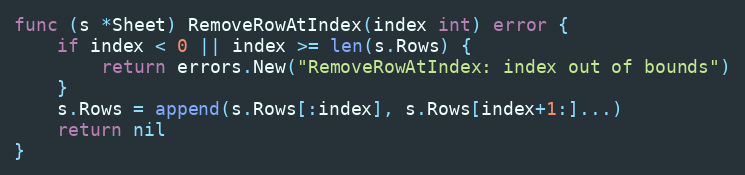
Language: Go
func (s *Sheet) RemoveRowAtIndex(index int) error {
	if index < 0 || index >= len(s.Rows) {
		return errors.New("RemoveRowAtIndex: index out of bounds")
	}
	s.Rows = append(s.Rows[:index], s.Rows[index+1:]...)
	return nil
}